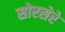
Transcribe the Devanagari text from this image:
सोरसेरे